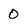
Character: 0